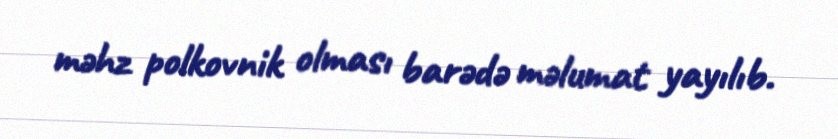
məhz polkovnik olması barədə məlumat yayılıb.